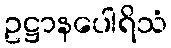
ဥဋ္ဌာနပေါရိသံ